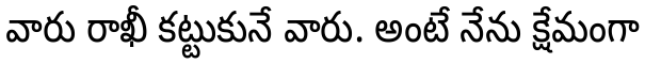
వారు రాఖీ కట్టుకునే వారు. అంటే నేను క్షేమంగా